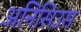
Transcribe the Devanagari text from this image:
अनिसिउस